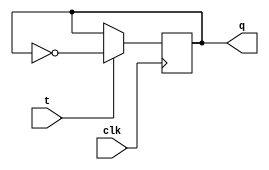
module flipflop(
    input clk,
	 input t,
	 output reg q
);

    always @(posedge clk)
    begin
        if (t)
            q <= ~q; 
        else if (t)
            q <= q;    
    end

endmodule